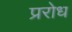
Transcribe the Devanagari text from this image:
प्ररोध